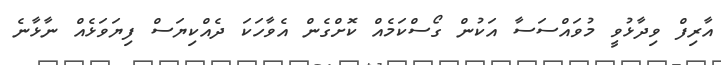
އާރިފް ވިދާޅުވީ މުވައްސަސާ އަކުން ގޯސްކަމެއް ކޮށްގެން އެވާހަކަ ދެއްކިޔަސް ފިޔަވަޅެއް ނާޅާނެ